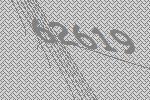
62619